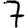
Digit: 7